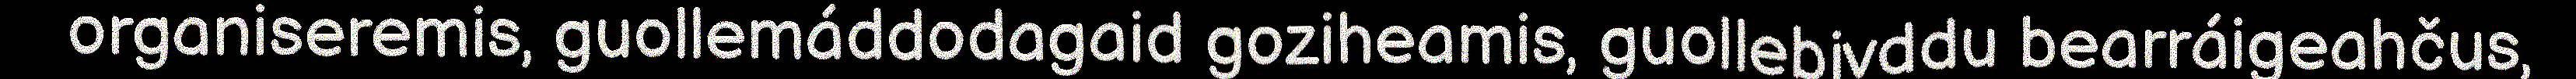
organiseremis, guollemáddodagaid goziheamis, guollebivddu bearráigeahčus,